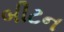
બીટન